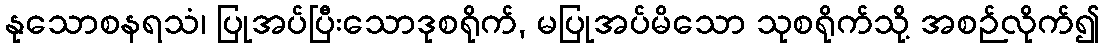
နုသောစနရသံ၊ ပြုအပ်ပြီးသောဒုစရိုက်, မပြုအပ်မိသော သုစရိုက်သို့ အစဉ်လိုက်၍